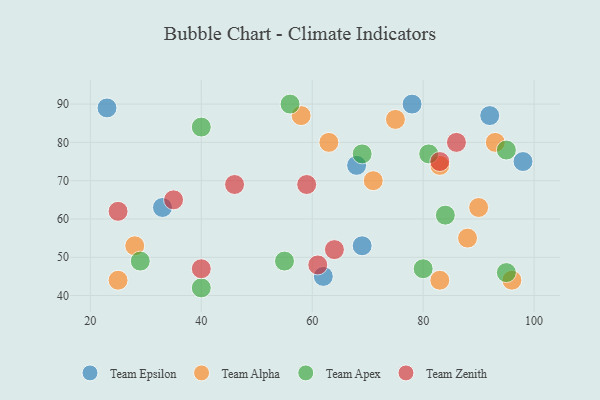
{"axis": {"x": "GDP", "y": "Life Expectancy"}, "legend": ["Team Alpha", "Team Apex", "Team Epsilon", "Team Zenith"], "data": [{"x": "98", "y": 75, "type": "Team Epsilon"}, {"x": "92", "y": 87, "type": "Team Epsilon"}, {"x": "33", "y": 63, "type": "Team Epsilon"}, {"x": "68", "y": 74, "type": "Team Epsilon"}, {"x": "62", "y": 45, "type": "Team Epsilon"}, {"x": "78", "y": 90, "type": "Team Epsilon"}, {"x": "69", "y": 53, "type": "Team Epsilon"}, {"x": "23", "y": 89, "type": "Team Epsilon"}, {"x": "63", "y": 80, "type": "Team Alpha"}, {"x": "75", "y": 86, "type": "Team Alpha"}, {"x": "58", "y": 87, "type": "Team Alpha"}, {"x": "83", "y": 74, "type": "Team Alpha"}, {"x": "28", "y": 53, "type": "Team Alpha"}, {"x": "90", "y": 63, "type": "Team Alpha"}, {"x": "83", "y": 44, "type": "Team Alpha"}, {"x": "93", "y": 80, "type": "Team Alpha"}, {"x": "96", "y": 44, "type": "Team Alpha"}, {"x": "88", "y": 55, "type": "Team Alpha"}, {"x": "25", "y": 44, "type": "Team Alpha"}, {"x": "71", "y": 70, "type": "Team Alpha"}, {"x": "80", "y": 47, "type": "Team Apex"}, {"x": "40", "y": 42, "type": "Team Apex"}, {"x": "81", "y": 77, "type": "Team Apex"}, {"x": "69", "y": 77, "type": "Team Apex"}, {"x": "29", "y": 49, "type": "Team Apex"}, {"x": "56", "y": 90, "type": "Team Apex"}, {"x": "95", "y": 78, "type": "Team Apex"}, {"x": "40", "y": 84, "type": "Team Apex"}, {"x": "84", "y": 61, "type": "Team Apex"}, {"x": "95", "y": 46, "type": "Team Apex"}, {"x": "55", "y": 49, "type": "Team Apex"}, {"x": "35", "y": 65, "type": "Team Zenith"}, {"x": "86", "y": 80, "type": "Team Zenith"}, {"x": "25", "y": 62, "type": "Team Zenith"}, {"x": "59", "y": 69, "type": "Team Zenith"}, {"x": "46", "y": 69, "type": "Team Zenith"}, {"x": "64", "y": 52, "type": "Team Zenith"}, {"x": "40", "y": 47, "type": "Team Zenith"}, {"x": "83", "y": 75, "type": "Team Zenith"}, {"x": "61", "y": 48, "type": "Team Zenith"}]}